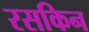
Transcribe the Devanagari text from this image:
रसकिन